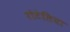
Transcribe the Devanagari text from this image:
रोटेलिया